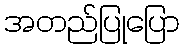
အတည်ပြုပြော